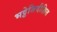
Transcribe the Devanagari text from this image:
भट्टेजिदीक्षित